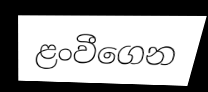
ළංවීගෙන